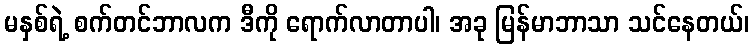
မနှစ်ရဲ့ စက်တင်ဘာလက ဒီကို ရောက်လာတာပါ၊ အခု မြန်မာဘာသာ သင်နေတယ်၊